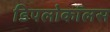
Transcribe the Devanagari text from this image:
डिपलोकॉलस